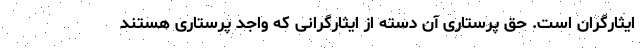
ایثارگران است. حق پرستاری آن دسته از ایثارگرانی که واجد پرستاری هستند